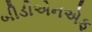
બીડીએનએફ